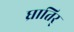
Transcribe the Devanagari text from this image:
घ्रातिर्